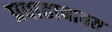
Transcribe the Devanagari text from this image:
प्रवाहाबाबत